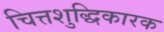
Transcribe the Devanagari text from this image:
चित्तशुद्धिकारक